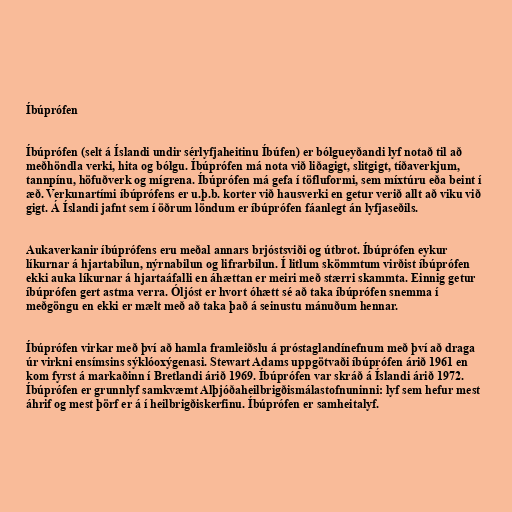
Íbúprófen

Íbúprófen (selt á Íslandi undir sérlyfjaheitinu Íbúfen) er bólgueyðandi lyf notað til að
meðhöndla verki, hita og bólgu. Íbúprófen má nota við liðagigt, slitgigt, tíðaverkjum,
tannpínu, höfuðverk og mígrena. Íbúprófen má gefa í töfluformi, sem míxtúru eða beint í
æð. Verkunartími íbúprófens er u.þ.b. korter við hausverki en getur verið allt að viku við
gigt. Á Íslandi jafnt sem í öðrum löndum er íbúprófen fáanlegt án lyfjaseðils.

Aukaverkanir íbúprófens eru meðal annars brjóstsviði og útbrot. Íbúprófen eykur
líkurnar á hjartabilun, nýrnabilun og lifrarbilun. Í litlum skömmtum virðist íbúprófen
ekki auka líkurnar á hjartaáfalli en áhættan er meiri með stærri skammta. Einnig getur
íbúprófen gert astma verra. Óljóst er hvort óhætt sé að taka íbúprófen snemma í
meðgöngu en ekki er mælt með að taka það á seinustu mánuðum hennar.

Íbúprófen virkar með því að hamla framleiðslu á próstaglandínefnum með því að draga
úr virkni ensímsins sýklóoxýgenasi. Stewart Adams uppgötvaði íbúprófen árið 1961 en
kom fyrst á markaðinn í Bretlandi árið 1969. Íbúprófen var skráð á Íslandi árið 1972.
Íbúprófen er grunnlyf samkvæmt Alþjóðaheilbrigðismálastofnuninni: lyf sem hefur mest
áhrif og mest þörf er á í heilbrigðiskerfinu. Íbúprófen er samheitalyf.